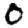
Digit: 0